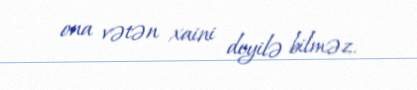
ona vətən xaini deyilə bilməz.